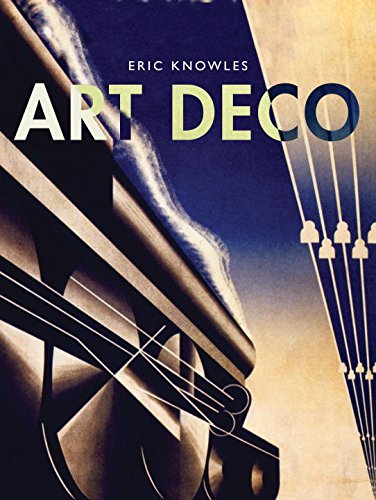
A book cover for Art Deco (Shire Collections); Eric Knowles; Crafts, Hobbies & Home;